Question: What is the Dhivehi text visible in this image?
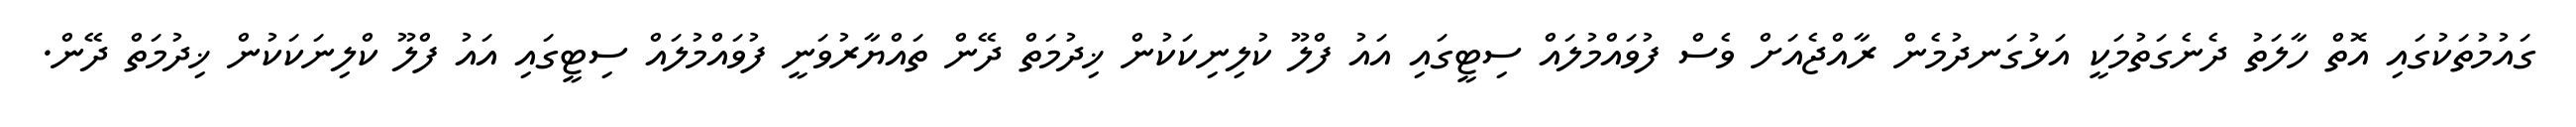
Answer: ގައުމުތަކުގައި އޮތް ހާލަތު ދެނެގަތުމަކީ އަޅުގަނދުމެން ރާއްޖެއަށް ވެސް ފުވައްމުލައް ސިޓީގައި އައު ފްލޫ ކުލިނިކަކުން ޚިދުމަތް ދޭން ތައްޔާރުވަނީ ފުވައްމުލައް ސިޓީގައި އައު ފްލޫ ކްލިނަކަކުން ޚިދުމަތް ދޭން.